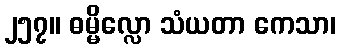
၂၅၇။ ဓမ္မိလ္လော သံယတာ ကေသာ၊